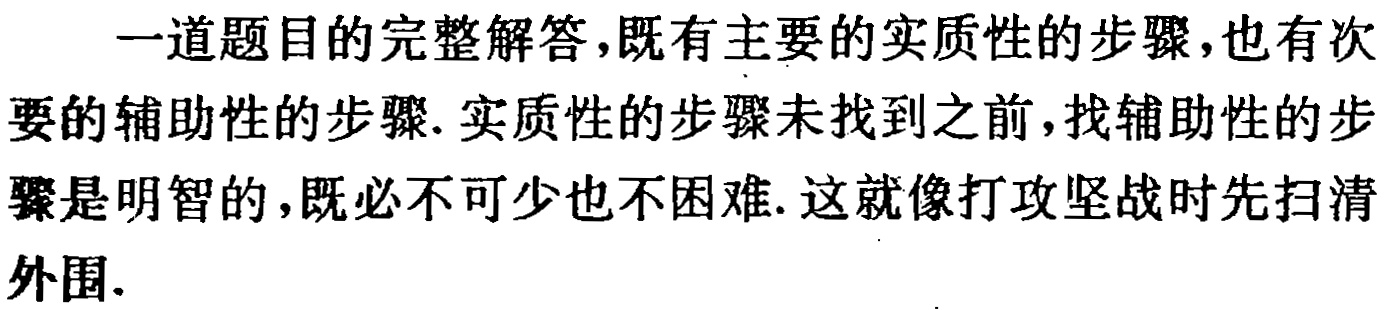
一道题目的完整解答，既有主要的实质性的步骤，也有次要的辅助性的步骤. 实质性的步骤未找到之前，找辅助性的步骤是明智的，既必不可少也不困难. 这就像打攻坚战时先扫清外围.